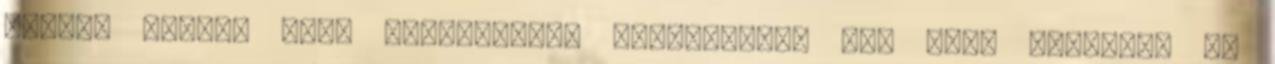
causa” címmel való kitüntetése alkalmából. Ld. még: Alkalmak és